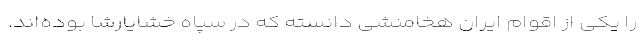
را یکی از اقوام ایران هخامنشی دانسته که در سپاه خشایارشا بوده‌اند.